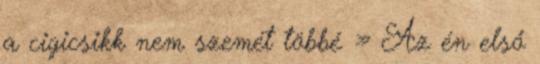
a cigicsikk nem szemét többé » Az én első